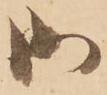
御